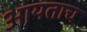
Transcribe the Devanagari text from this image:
आयताच